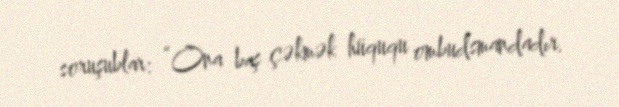
soruşublar: “Ona baş çəkmək hüququ ombudsmandadır.